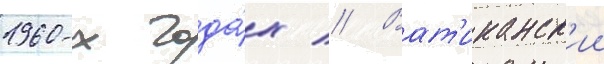
1960-х года́х // Ват'иканск'ии